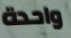
واحدة